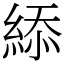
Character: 䋬